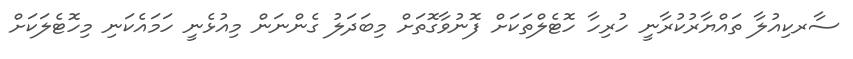
ސާރކިއުލާ ތައްޔާރުކުރާނީ ހުރިހާ ހޮޓެލްތަކަށް ފޮނުވާގޮތަށް މިބަދަލު ގެންނަން މިއުޅެނީ ހަމައެކަނި މިހޮޓެލަކަށް